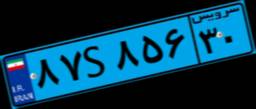
۱۲S۹۲۹۱۷